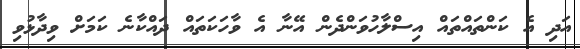
އަދި އެ ކަންތައްތައް އިސްލާހުވަންދެން އޭނާ އެ ވާހަކަތައް ދައްކާނެ ކަމަށް ވިދާޅުވި